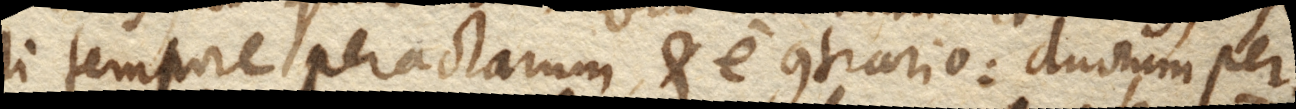
li tempore peractarum, et e contrario: duorum per–